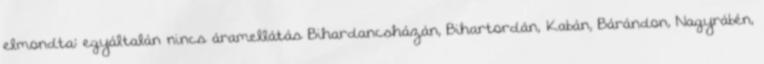
elmondta: egyáltalán nincs áramellátás Bihardancsházán, Bihartordán, Kabán, Bárándon, Nagyrábén,